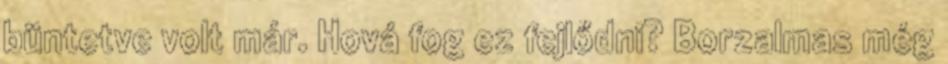
büntetve volt már. Hová fog ez fejlődni? Borzalmas még